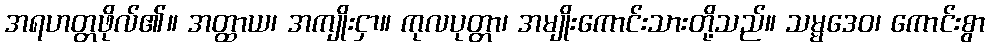
အရဟတ္တဖိုလ်၏။ အတ္ထာယ၊ အကျိုးငှာ။ ကုလပုတ္တာ၊ အမျိုးကောင်းသားတို့သည်။ သမ္မဒေဝ၊ ကောင်းစွာ